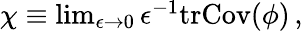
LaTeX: \begin{array}{r}{\chi\equiv\operatorname*{lim}_{\epsilon\rightarrow 0}\epsilon^{-1}\mathrm{tr}\mathrm{Cov}(\phi)\, ,}\end{array}